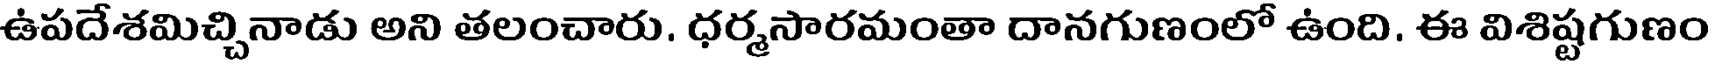
ఉపదేశమిచ్చినాడు అని తలంచారు. ధర్మసారమంతా దానగుణంలో ఉంది. ఈ విశిష్టగుణం